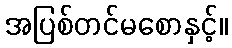
အပြစ်တင်မစောနှင့်။